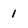
Character: 1